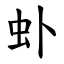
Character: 虲